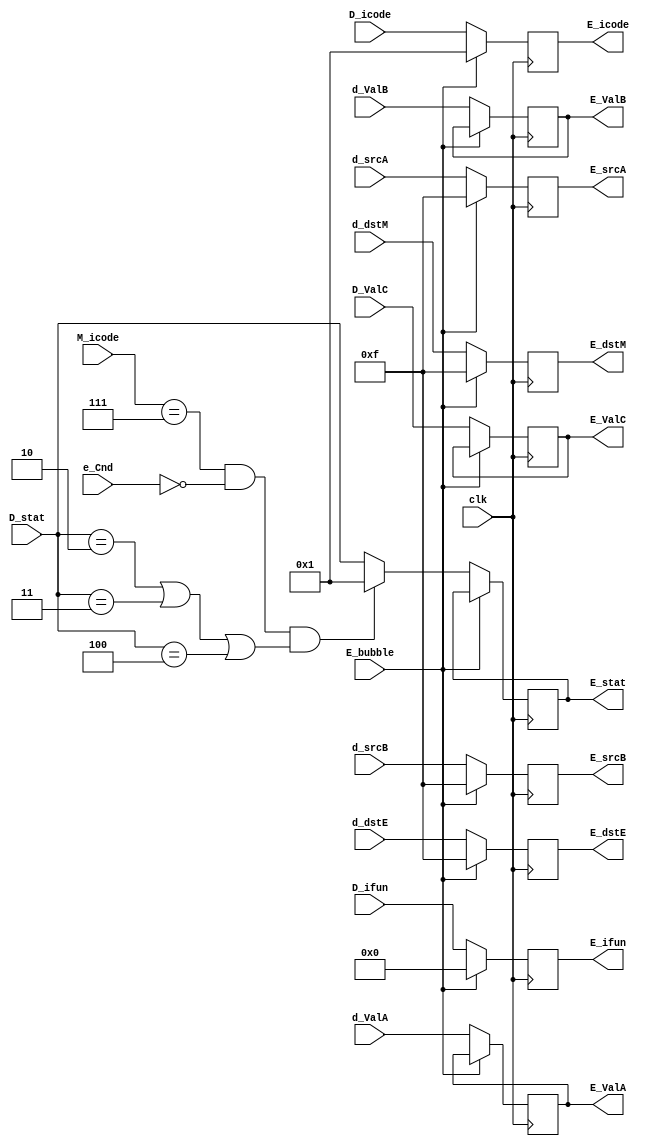
module reg_execute(clk, E_bubble,D_stat,D_icode,D_ifun,d_ValA,d_ValB,D_ValC,d_dstE,d_dstM,d_srcA,d_srcB,E_stat,E_icode,E_ifun,E_ValC,E_ValA,E_ValB,E_dstE,E_dstM,E_srcA,E_srcB,e_Cnd, M_icode);

    //Inputs 
    input clk;
    input E_bubble;

    // Into the pipeline reg 
    input [3:0]D_stat;
    input [3:0]D_icode,D_ifun, M_icode;
    input [63:0]d_ValA,d_ValB,D_ValC;
    input [3:0]d_dstE,d_dstM;
    input [3:0]d_srcA,d_srcB;
    input e_Cnd;


    // Values in the "E" reg  
    output reg [3:0] E_stat;
    output reg [3:0] E_icode,E_ifun; 
    output reg [63:0]E_ValC,E_ValA,E_ValB;
    output reg [3:0]E_dstE,E_dstM;
    output reg [3:0]E_srcA,E_srcB;



    always @(posedge(clk)) begin
        
        if (E_bubble == 1)
        begin
            E_icode <= 4'h1;
            E_ifun <= 4'h0;
			E_dstE <= 4'hF;
			E_dstM <= 4'hF;
            E_srcA <= 4'hF;
            E_srcB <= 4'hF;
        end

        else 
        begin
            
            // When the inst following the jump is a invalid one\halt \ dmme error -> dont raise an error basically
            if(M_icode==7 && e_Cnd==0 && ((D_stat==2) || (D_stat==3) || (D_stat==4))) begin
                E_stat <=4'h1;
            end

            else begin
            E_stat <= D_stat;
            end
            E_icode <= D_icode;
            E_ifun <= D_ifun;
            E_ValC <= D_ValC;
            E_ValA <= d_ValA;
            E_ValB <= d_ValB;
            E_dstE <= d_dstE;
            E_dstM <= d_dstM;
            E_srcA <= d_srcA;
            E_srcB <= d_srcB;
        end

    end


endmodule